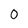
Character: 0